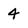
Character: 4